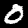
Digit: 0